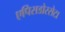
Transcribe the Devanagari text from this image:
एपिसडोरसेटा